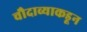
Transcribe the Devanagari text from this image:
चौदाव्याकडून